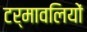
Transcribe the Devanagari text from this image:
टर्मावलियों